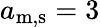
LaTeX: a_{\mathrm{m,s}}=3